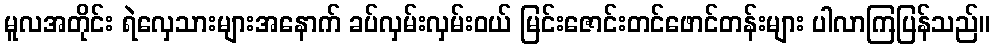
မူလအတိုင်း ရဲလှေသားများအနောက် ခပ်လှမ်းလှမ်းဝယ် မြင်းဇောင်းတင်ဖောင်တန်းများ ပါလာကြပြန်သည်။